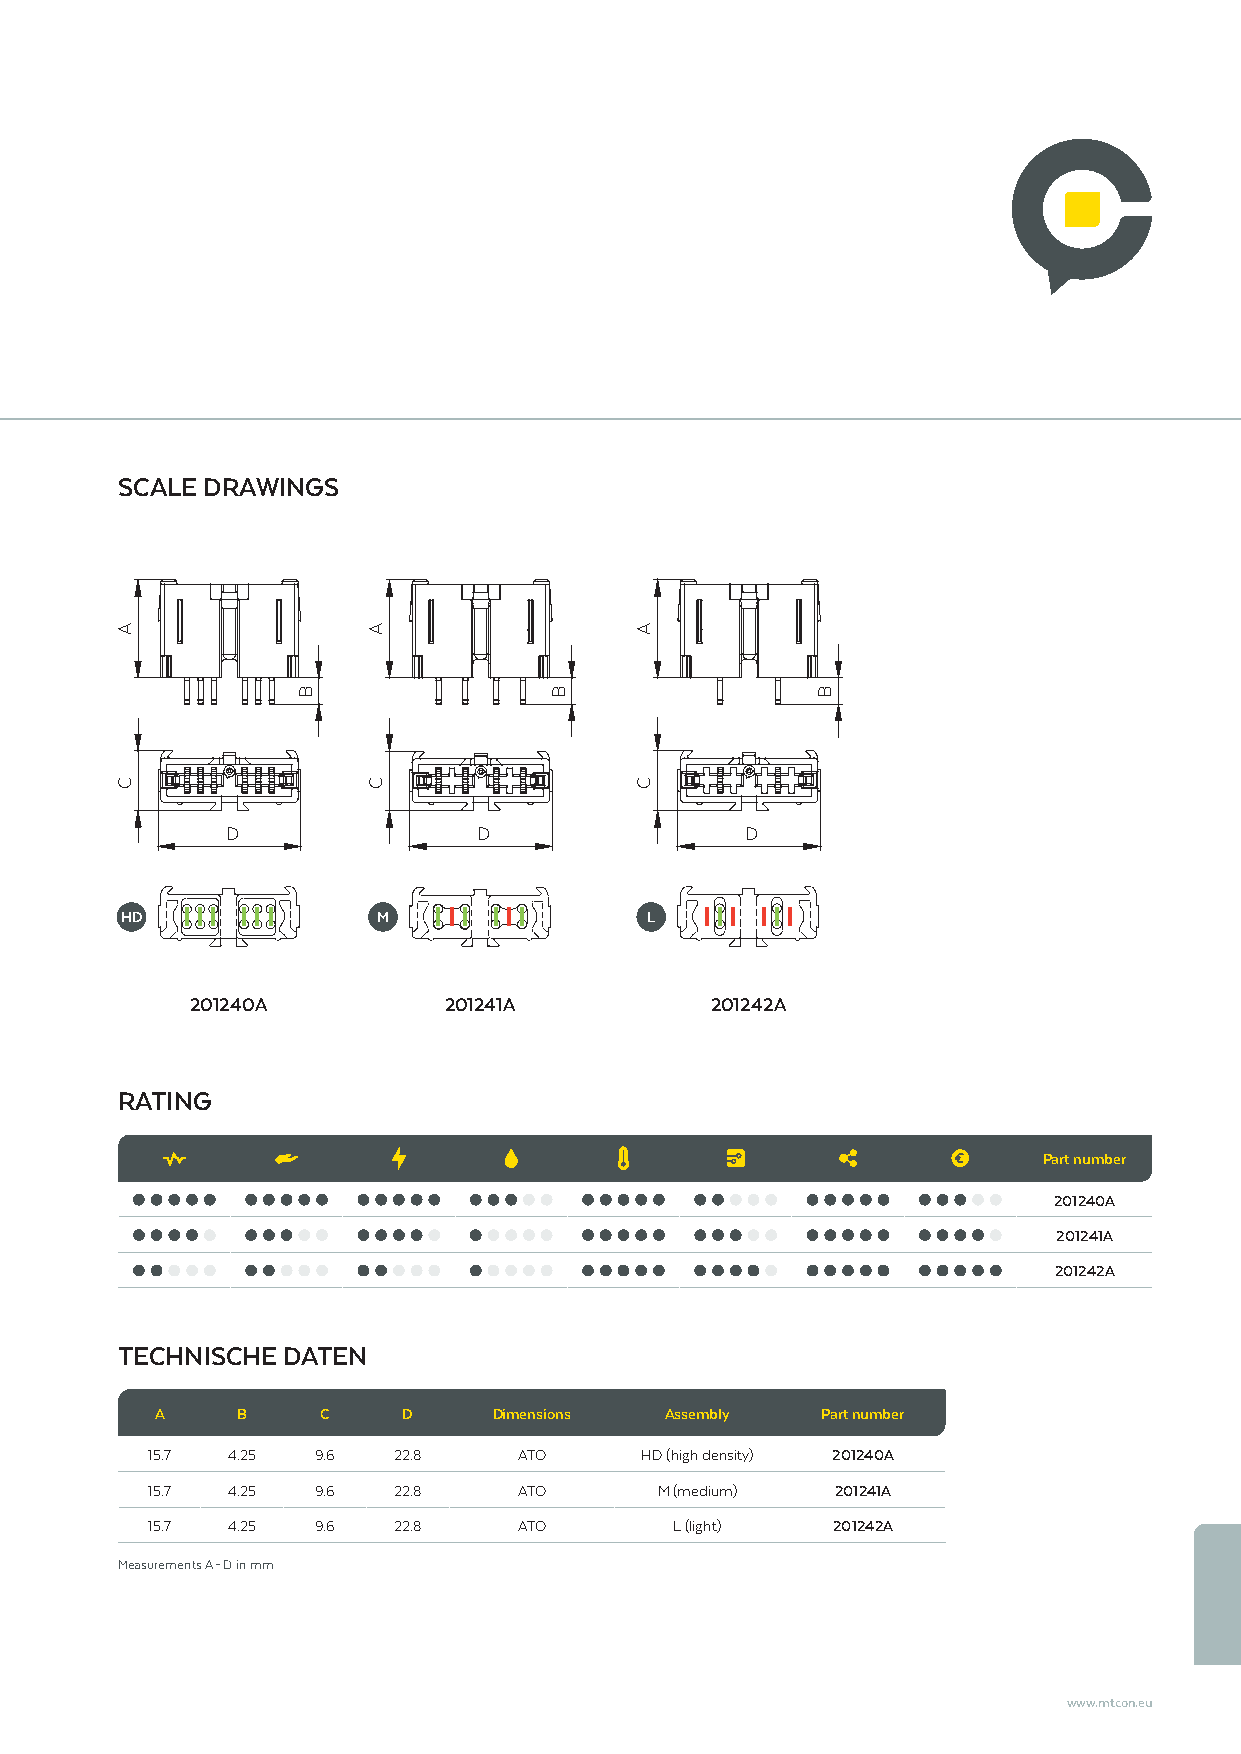
SCALE DRAWINGS
 D                D                D
 HD               M                 L
 201240A         201241A           201242A
 RATING
 Part number
 201240A
 201241A
 201242A
 TECHNISCHE DATEN
 A     B    C     D     Dimensions Assembly  Part number
 15.7 4.25  9.6  22.8    ATO     HD (high density) 201240A
 15.7 4.25  9.6  22.8    ATO       M (medium) 201241A
 15.7 4.25  9.6  22.8    ATO        L (light) 201242A
 Measurements A – D in mm
 www.mtcon.eu
 A
 C
 B
 A
 C
 B
 A
 C
 B